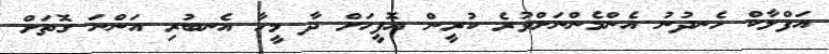
އަފްލާކް ހެނދުނު އެންމެންނަށްވުރެ ކުރީން އޮފީހަށް ދާ މީހާ އެނބުރި އަންނަ ގޮތަށް